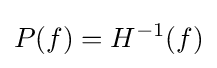
P(f)=H^{-1}(f)